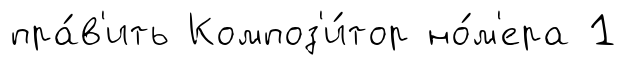
пра́в'ить Композ'и́тор но́м'ера 1